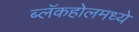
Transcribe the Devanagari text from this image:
ब्लॅकहोलमध्ये